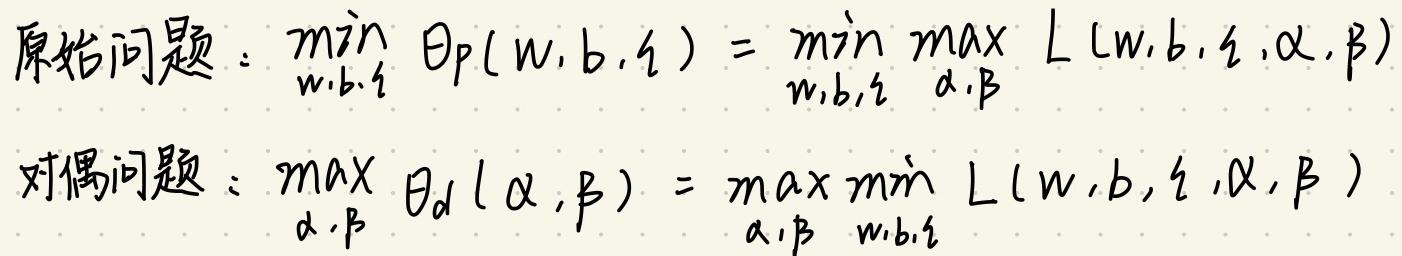
原始问题：$\min_{w,b,\xi} \Theta_p(w,b,\xi) = \min_{w,b,\xi} \max_{\alpha,\beta} L(w,b,\xi,\alpha,\beta)$

对偶问题：$\max_{\alpha,\beta} \Theta_d(\alpha,\beta) = \max_{\alpha,\beta} \min_{w,b,\xi} L(w,b,\xi,\alpha,\beta)$